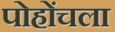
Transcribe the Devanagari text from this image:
पोहोंचला